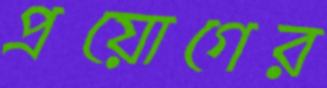
প্রয়োগের